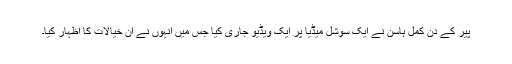
پیر کے دن کمل ہاسن نے ایک سوشل میڈیا پر ایک ویڈیو جاری کیا جس میں انہوں نے ان خیالات کا اظہار کیا۔